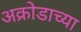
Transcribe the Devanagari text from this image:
अक्रोडाच्या